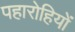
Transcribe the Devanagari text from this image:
पहारोहियों